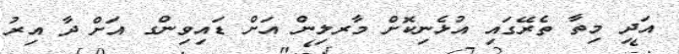
އަދި މިތާ ތެރޭގައި އުޅެނިކޮށް މާރލިން އަށް ޑައިވިންގ އަށް ދާ އިރު